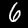
Digit: 6